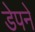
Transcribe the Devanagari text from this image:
डेपने